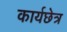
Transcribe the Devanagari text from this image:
कार्यछेत्र